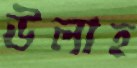
উলাহ